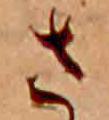
さ